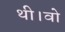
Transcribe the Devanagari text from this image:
थी।वो